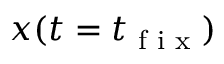
x ( t = t _ { \tiny { \textrm { f i x } } } )